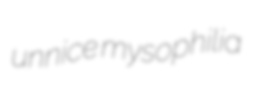
unnice mysophilia